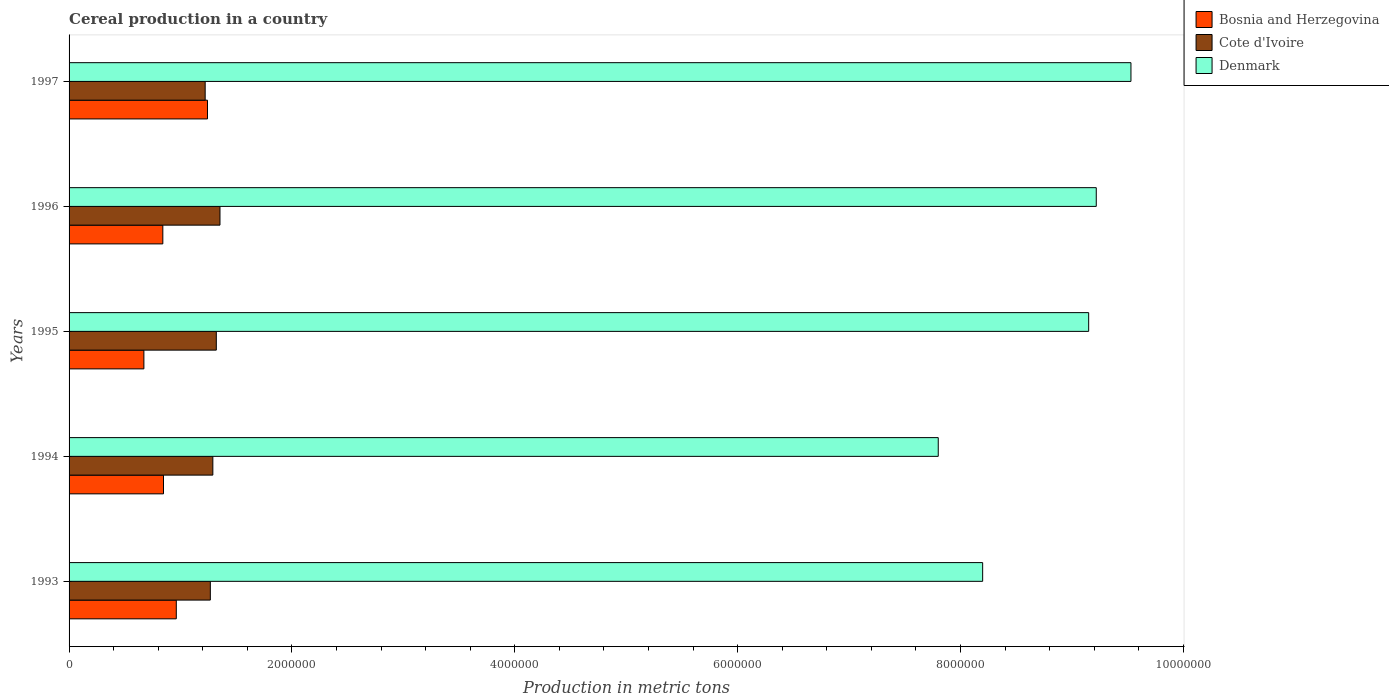
| Years | Bosnia and Herzegovina | Cote d'Ivoire | Denmark |
 | --- | --- | --- | --- |
 | 1993 | 9.62e+05 | 1.27e+06 | 8.2e+06 |
 | 1994 | 8.47e+05 | 1.29e+06 | 7.8e+06 |
 | 1995 | 6.71e+05 | 1.32e+06 | 9.15e+06 |
 | 1996 | 8.41e+05 | 1.35e+06 | 9.22e+06 |
 | 1997 | 1.24e+06 | 1.22e+06 | 9.53e+06 |